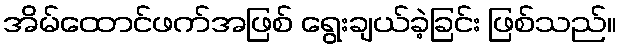
အိမ်ထောင်ဖက်အဖြစ် ရွေးချယ်ခဲ့ခြင်း ဖြစ်သည်။